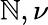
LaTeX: \mathbb{N},\nu